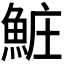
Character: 𬵐